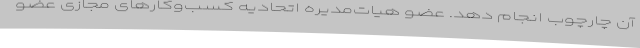
آن چارچوب انجام دهد. عضو هیات‌مدیره اتحادیه کسب‌وکارهای مجازی عضو